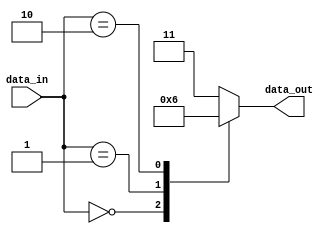
module unique_case_statement
(
  input [3:0] data_in,
  output reg [1:0] data_out
);

always @(*)
begin
  case(data_in)
    4'b0000: data_out <= 2'b00; // Unique case condition 1
    4'b0001: data_out <= 2'b01; // Unique case condition 2
    4'b0010: data_out <= 2'b10; // Unique case condition 3
    default: data_out <= 2'b11; // Default case condition
  endcase
end

endmodule